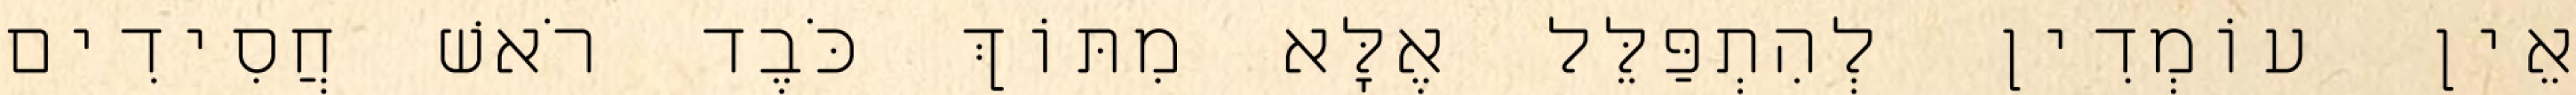
אֵין עוֹמְדִין לְהִתְפַּלֵּל אֶלָּא מִתּוֹךְ כֹּבֶד רֹאשׁ חֲסִידִים